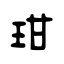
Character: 玵